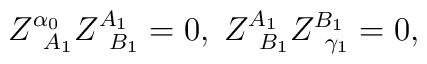
Z_{\;\;A_{1}}^{\alpha_{0}}Z_{\;\;B_{1}}^{A_{1}}=0,\;Z_{\;\;B_{1}}^{A_{1}}Z_{\;\;\gamma_{1}}^{B_{1}}=0,